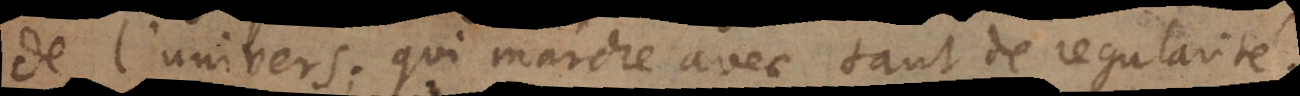
de l’univers; qui marche avec tant de regularité.